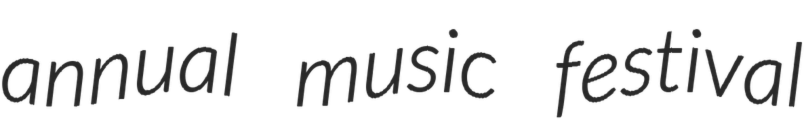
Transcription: annual music festival